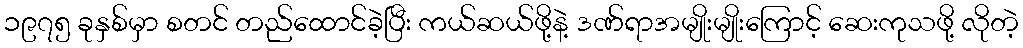
၁၉၇၅ ခုနှစ်မှာ စတင် တည်ထောင်ခဲ့ပြီး ကယ်ဆယ်ဖို့နဲ့ ဒဏ်ရာအမျိုးမျိုးကြောင့် ဆေးကုသဖို့ လိုတဲ့